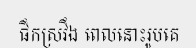
ផឹកស្រវឹង ពេលនោះរូបគេ